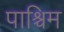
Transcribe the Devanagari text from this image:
पाश्चिम